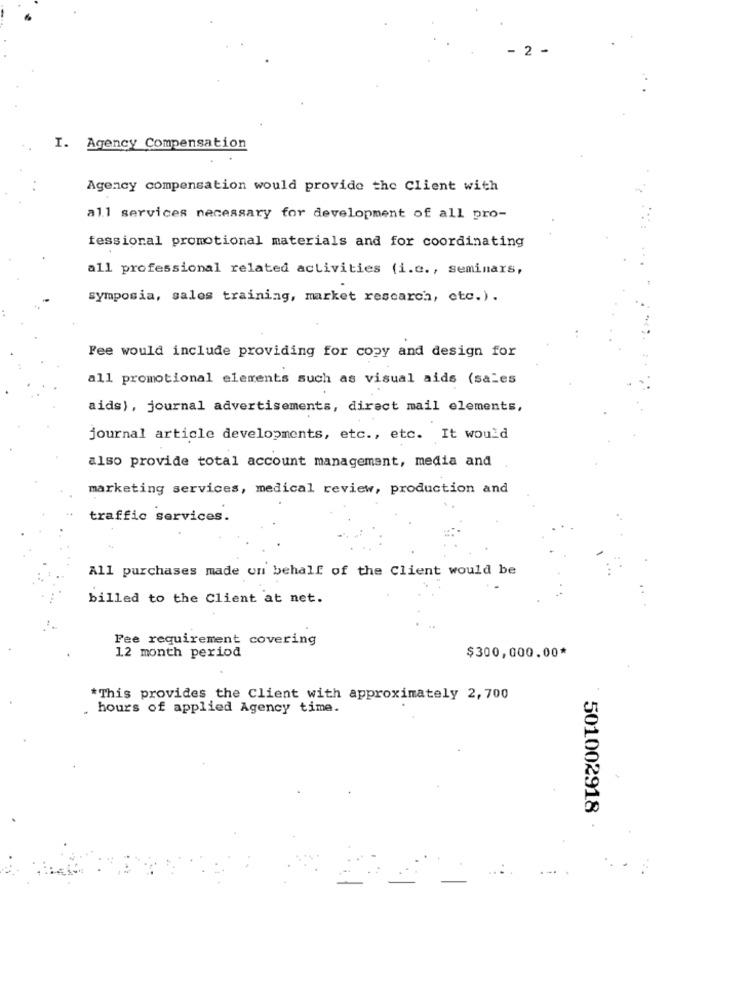
-2 -
I. Agency Compensation
Agency compensation would provide the Client with
all services necessary for development of all pro-
fessional promotional materials and for coordinating
all professional related activities (i.c ., seminars,
symposia, sales training, market research, etc.).
Fee would include providing for copy and design for
all promotional elements such as visual aids (sales
aids), journal advertisements, direct mail elements,
journal article developments, etc ., etc. It would
also provide total account management, media and
marketing services, medical review, production and
..
traffic services.
All purchases made on behalf of the Client would be
billed to the Client at net.
Fee requirement covering
12 month period
$300,000.00*
*This provides the Client with approximately 2, 700
.
hours of applied Agency time.
501002918